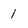
Character: 1